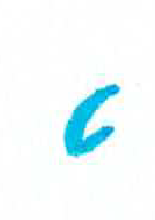
אות: ט